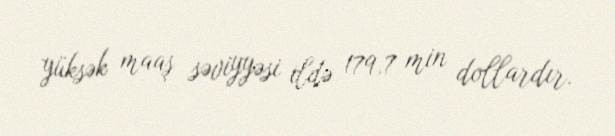
yüksək maaş səviyyəsi ildə 179,7 min dollardır.